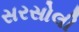
સરસોલી